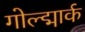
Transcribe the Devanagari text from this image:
गोल्द्मार्क